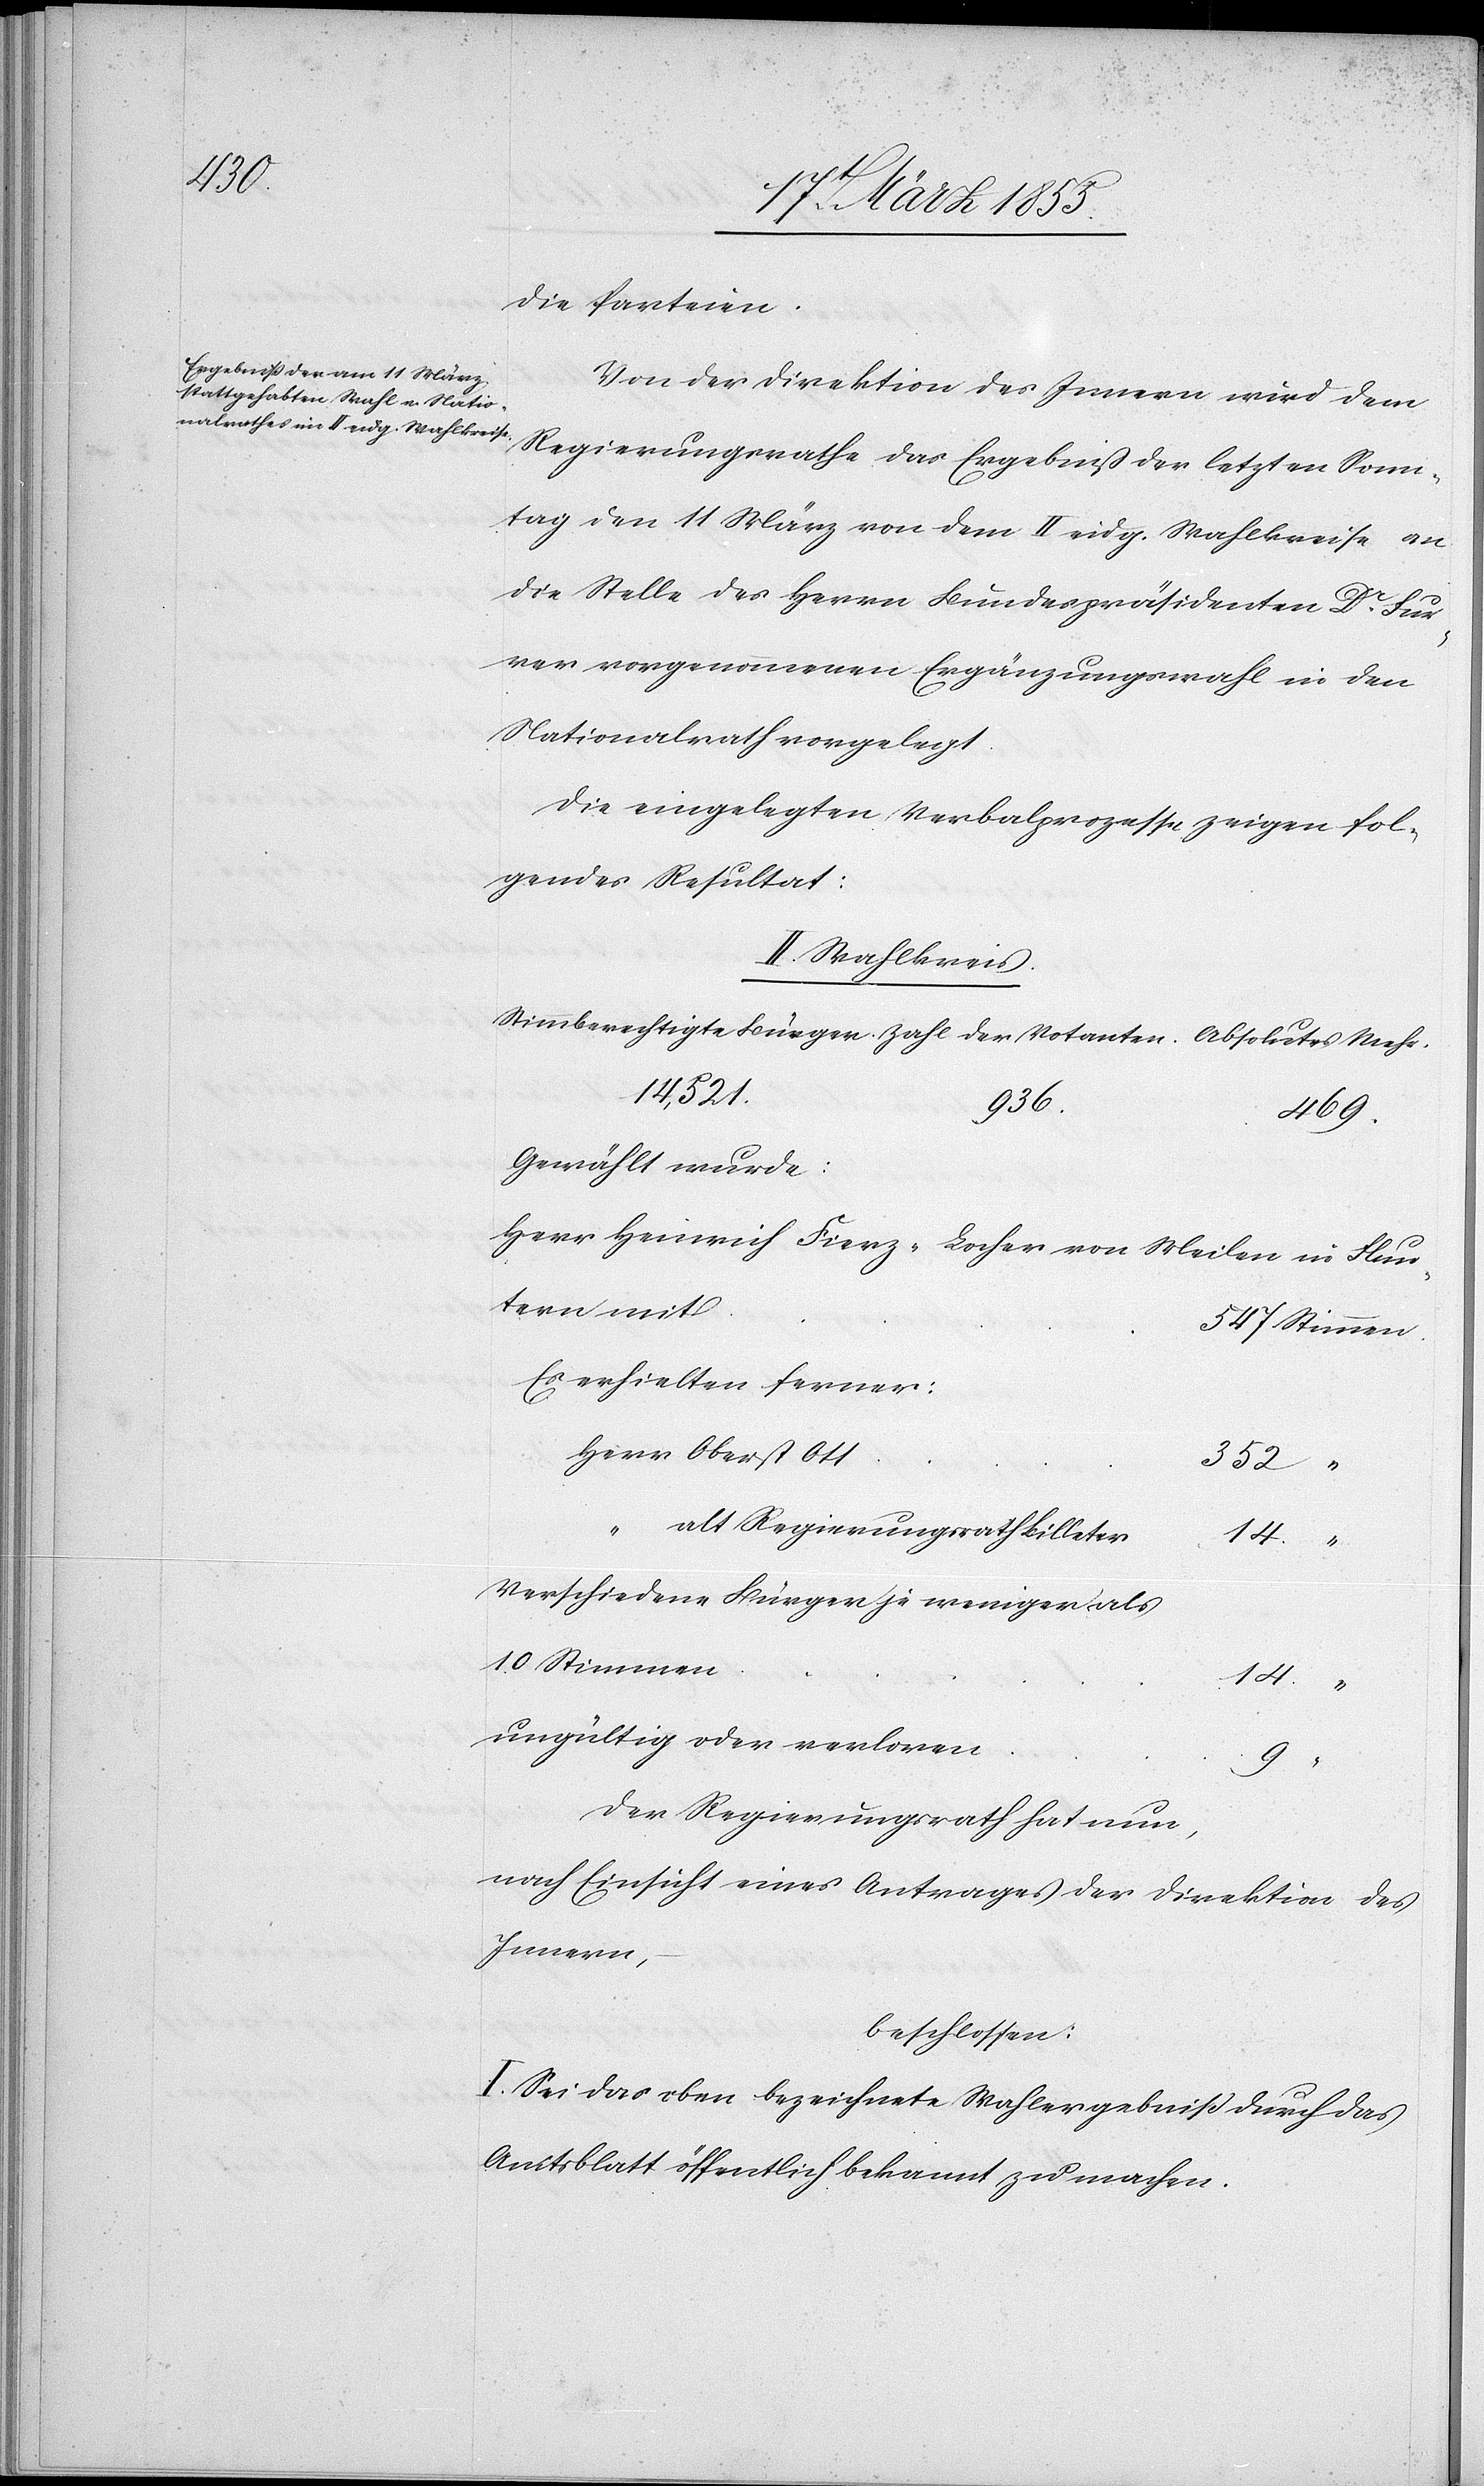
Mehr.

die Parteien.
Von der Direktion des Innern wird dem
Regierungsrathe das Ergebniß der letzten Sonn¬
tag den 11 März von dem II. eidg. Wahlkreise an
die Stelle des Herrn Bundespräsidenten Dr. Fur¬
rer vorgenommenen Ergänzungswahl in den
Nationalrath vorgelegt.
Die eingelegten Verbalprozesse zeigen fol¬
gendes Resultat:
II. Wahlkreis.
14,521.
936.
469.
Gewählt wurde:
Herr Heinrich Fierz-Locher von Meilen in Flun¬
tern mit
547 Stimmen
Es erhielten ferner:
Herr Oberst Ott
352 “
alt Regierungsrath Billeter
14 “
Verschiedene Bürger je weniger als
10 Stimmen
14. “
ungültig oder verloren
“
Der Regierungsrath hat nun,
nach Einsicht eines Antrages der Direktion des
Innern,
beschlossen:
I. Sei das oben bezeichnete Wahlergebniß durch das
Amtsblatt öffentlich bekannt zu machen.